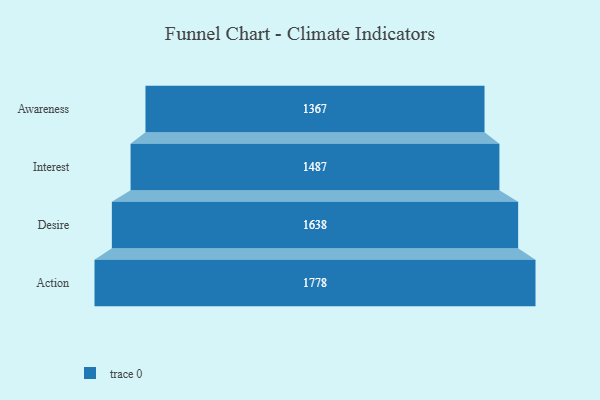
{"axis": {"x": "Stage", "y": "Value"}, "legend": [""], "data": [{"x": "Awareness", "y": 1367.0, "type": ""}, {"x": "Interest", "y": 1487.0, "type": ""}, {"x": "Desire", "y": 1638.0, "type": ""}, {"x": "Action", "y": 1778.0, "type": ""}]}